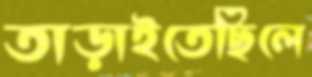
তাড়াইতেছিলে